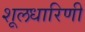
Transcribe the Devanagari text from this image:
शूलधारिणी